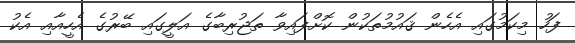
ފަހު މިކަމުގައި އެހެން ޤައުމުތަކުން ކޮށްފައިވާ ތަޖުރިބާގެ އަލީގައި ބޭރުގެ އެހީއާއި އެކު